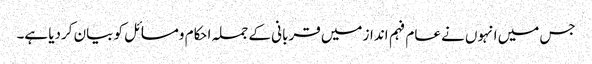
جس میں انہوں نے عام فہم انداز میں قربانی کے جملہ احکام ومسائل کو بیان کردیا ہے۔